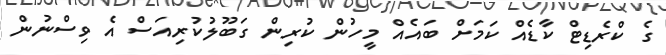
ގެ ކްރެޑިޓް ކާޑެއް ކަމަށް ބައެއް މީހުން ކުރިން ގަބޫލުކުރިއަސް އެ ވިސްނުން